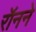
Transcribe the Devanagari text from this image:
रॉनने